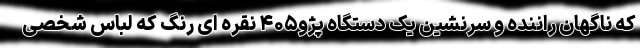
که ناگهان راننده و سرنشین یک دستگاه پژو۴۰۵ نقره ای رنگ که لباس شخصی